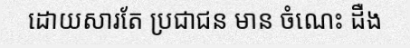
ដោយសារតែ ប្រជាជន មាន ចំណេះ ដឺង